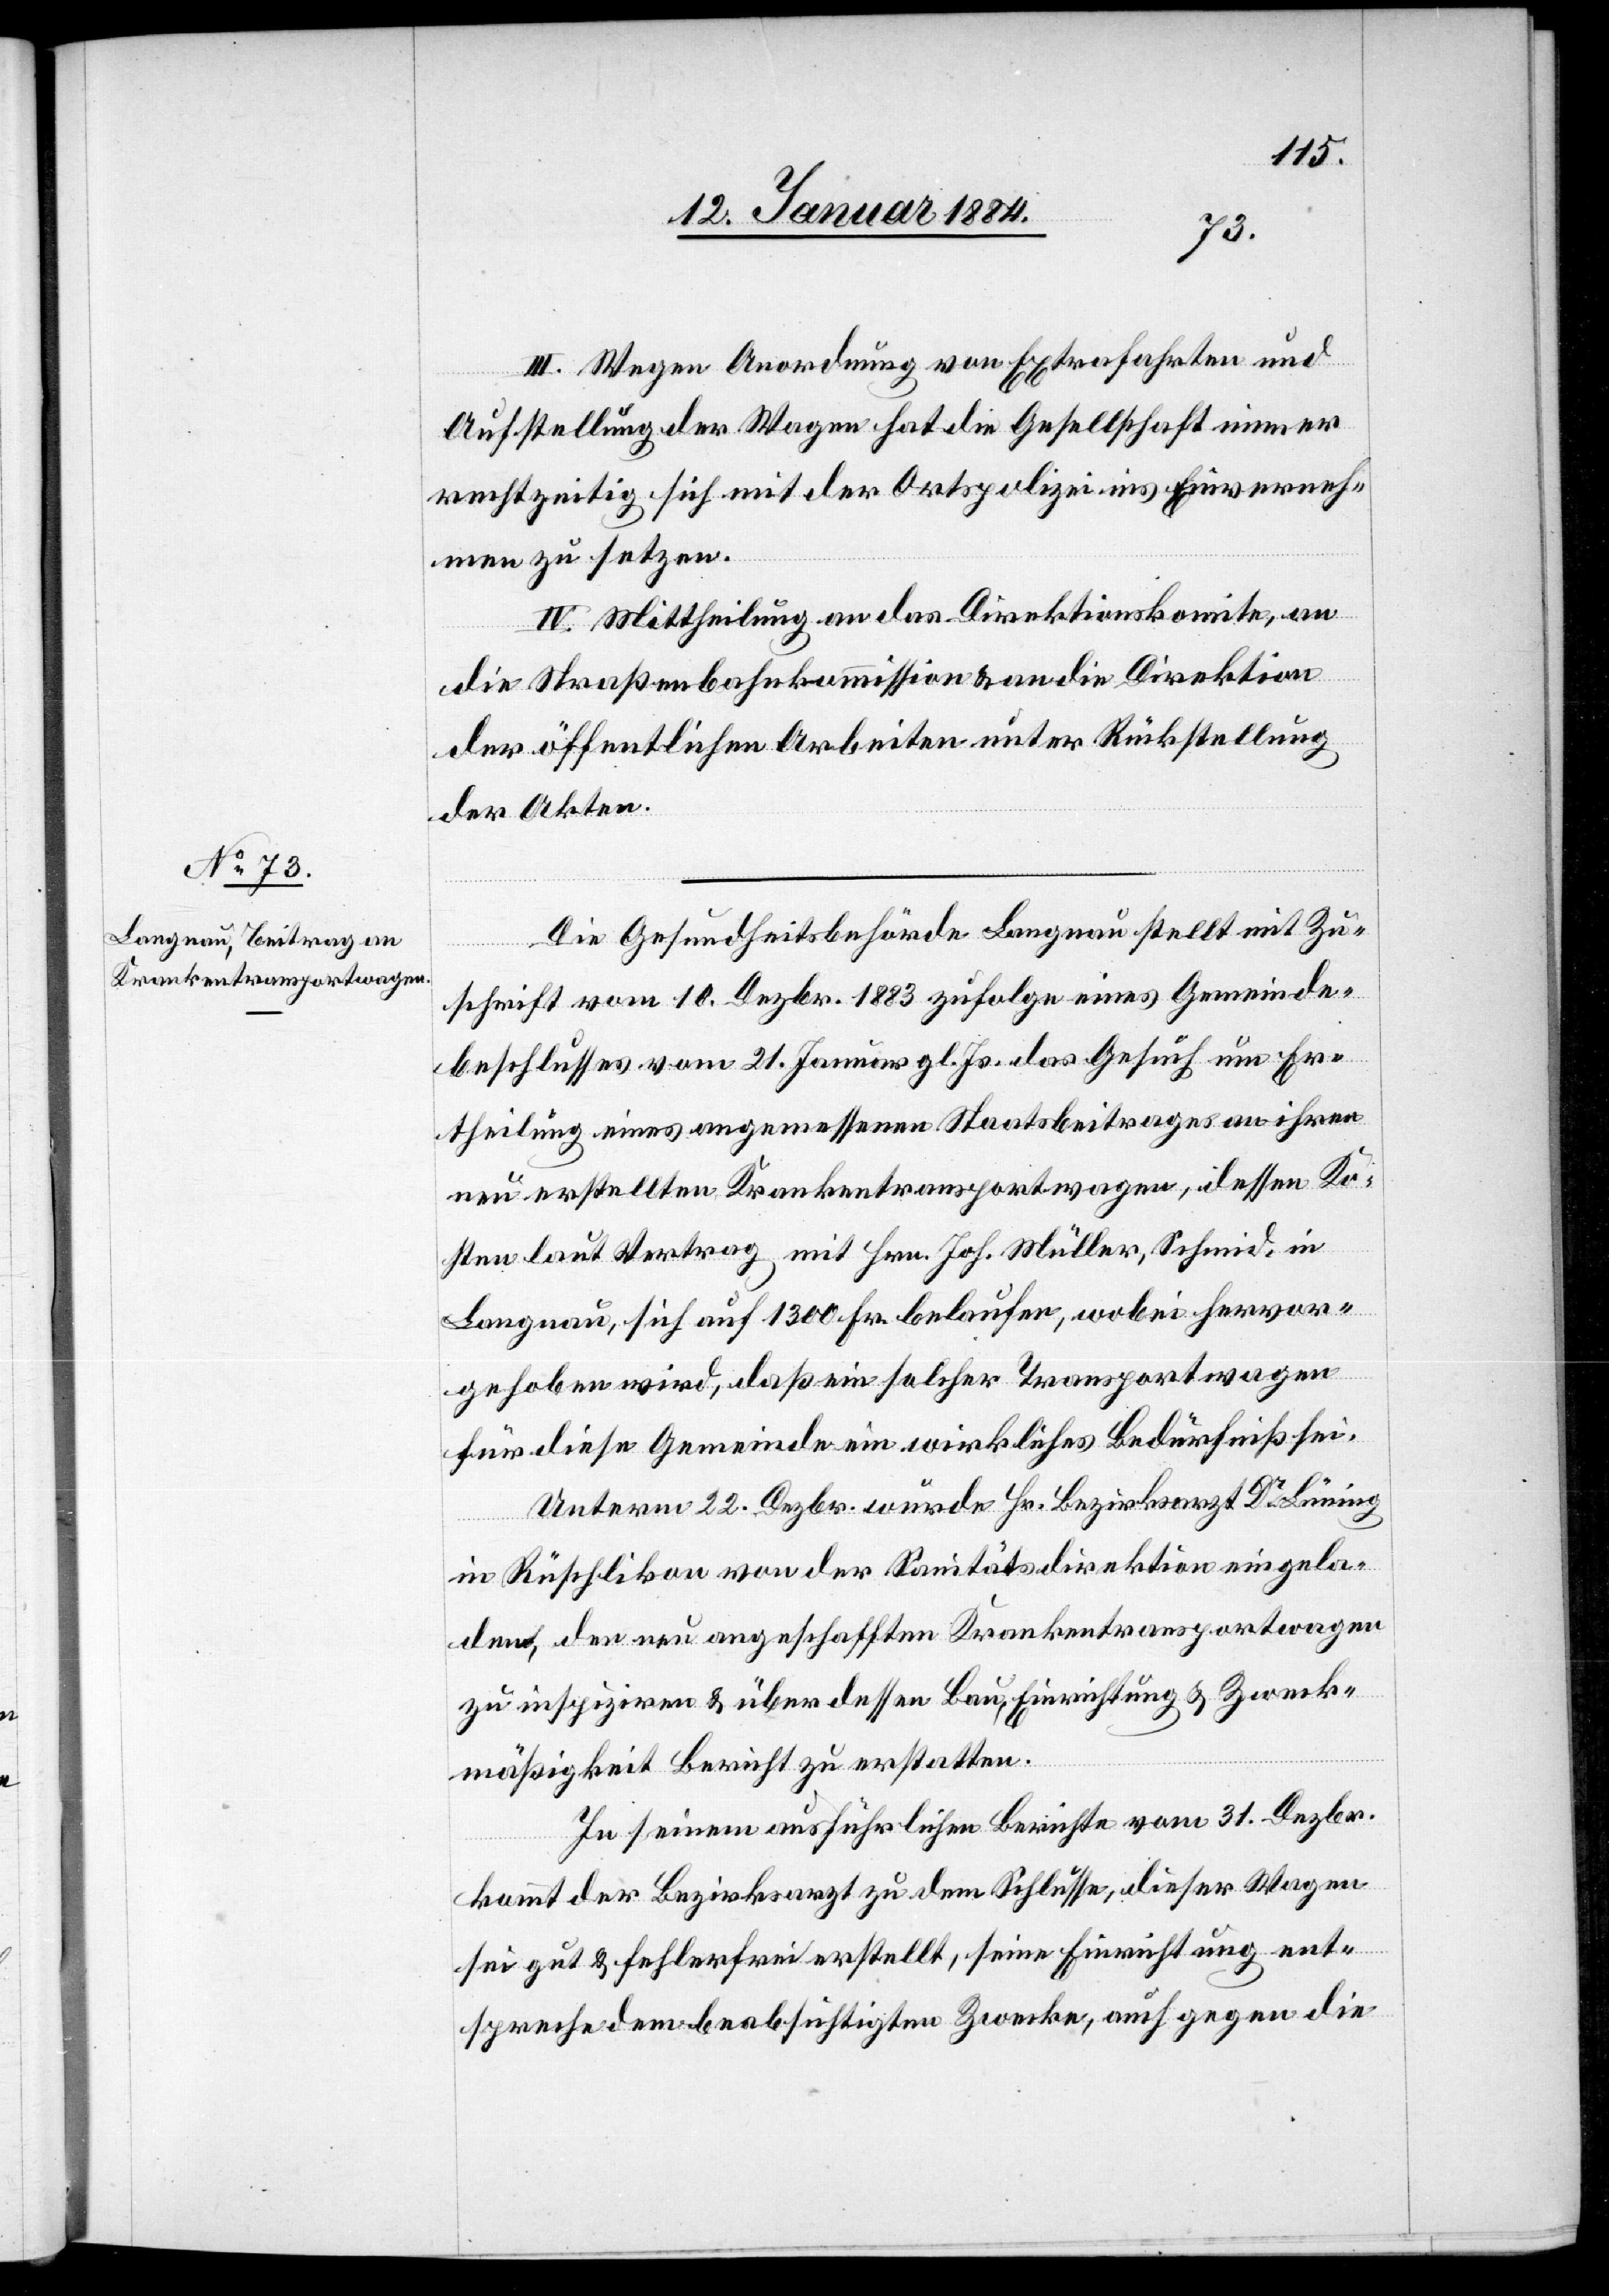
III. Wegen Anordnung von Extrafahrten und
Aufstellung der Wagen hat die Gesellschaft immer
rechtzeitig sich mit der Ortspolizei ins Einverneh¬
men zu setzen.
IV. Mittheilung an das Direktionskomite, an
die Straßenbahnkommission & an die Direktion
der öffentlichen Arbeiten unter Rückstellung
der Akten.
Die Gesundheitsbehörde Langnau stellt mit Zu¬
schrift vom 10. Dezbr 1883 zufolge eines Gemeinde¬
beschlusses vom 21. Januar gl. Js. das Gesuch um Er¬
theilung eines angemessenen Staatsbeitrages an ihren
neu erstellten Krankentransportwagen, dessen Ko¬
sten laut Vertrag mit Hrn. Joh. Müller, Schmid, in
Langnau, sich auf 1300 Fr. belaufen, wobei hervor¬
gehoben wird, daß ein solcher Transportwagen
für diese Gemeinde ein wirkliches Bedürfniß sei.
Unterm 22. Dezbr. wurde Hr. Bezirksarzt Dr Lüning
in Rüschlikon von der Sanitätsdirektion eingela¬
den, den neu angeschafften Krankentransportwagen
zu inspiziren & über dessen Bau, Einrichtung & Zweck¬
mässigkeit Bericht zu erstatten.
In seinem ausführlichen Berichte vom 31. Dezbr.
kommt der Bezirksarzt zu dem Schlusse, dieser Wagen
sei gut & fehlerfrei erstellt, seine Einrichtung ent¬
spreche dem beabsichtigten Zwecke, auch gegen die